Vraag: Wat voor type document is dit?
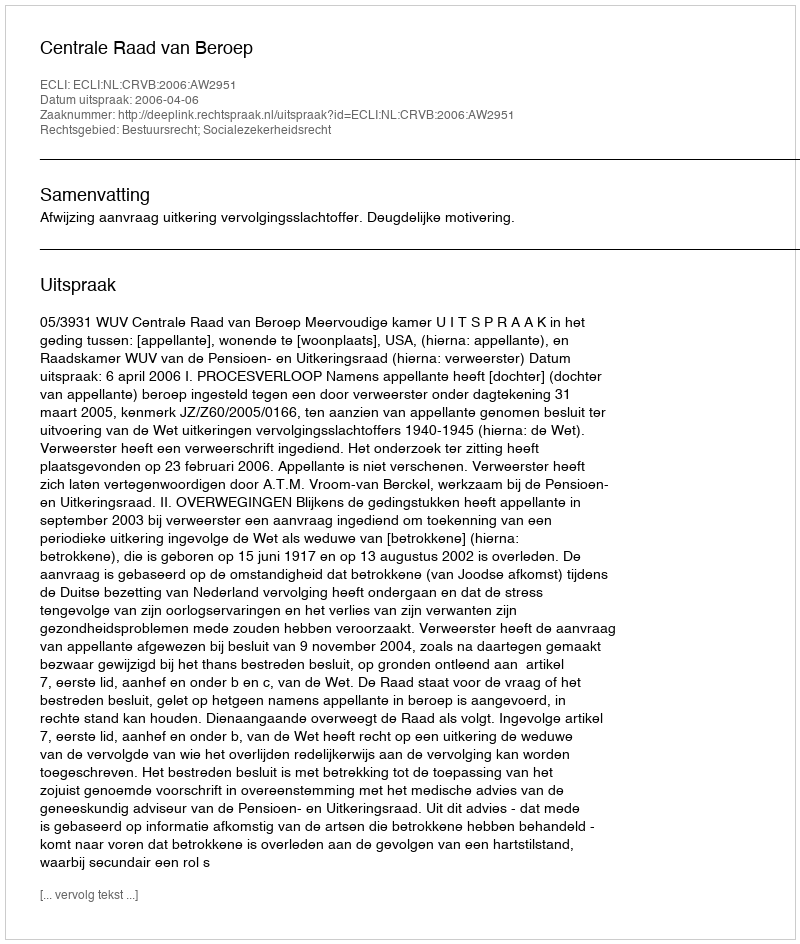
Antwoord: Uitspraak